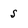
Character: s